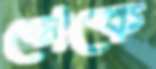
গেকে